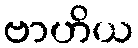
ဗာဟိယ